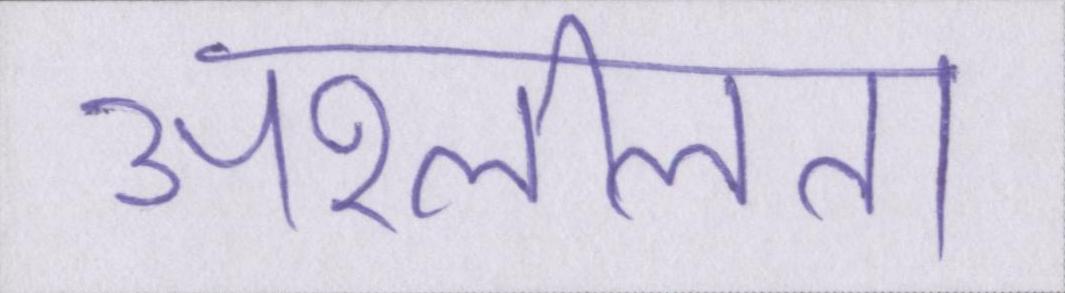
अश्लीलता